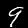
Label: 9